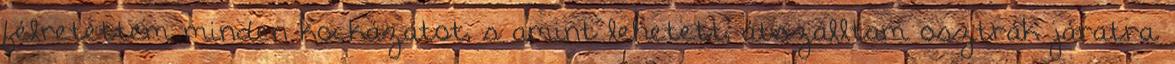
félretettem minden kockázatot, s amint lehetett, átszálltam osztrák járatra.